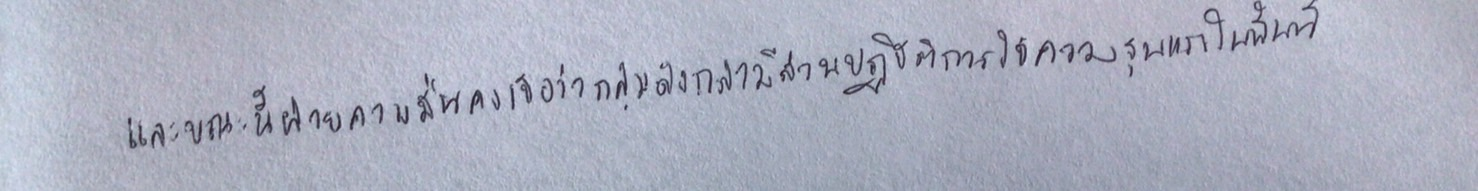
และขณะนี้ฝ่ายความมั่นคงเชื่อว่ากลุ่มดังกล่าวมีส่วนปฏิบัติการใช้ความรุนแรงในพื้นที่